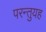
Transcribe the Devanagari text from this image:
परन्तुयह